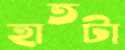
হাতটা